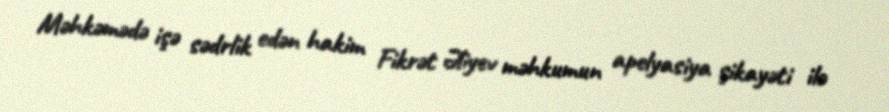
Məhkəmədə işə sədrlik edən hakim Fikrət Əliyev məhkumun apelyasiya şikayəti ilə